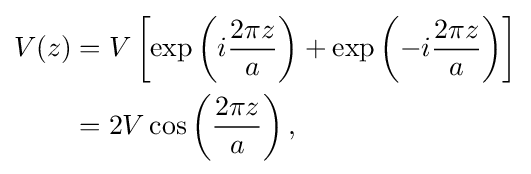
{\begin{alignedat}{2}V(z)&=V\left[\exp \left(i{\frac {2\pi z}{a}}\right)+\exp \left(-i{\frac {2\pi z}{a}}\right)\right]\\&=2V\cos \left({\frac {2\pi z}{a}}\right),\\\end{alignedat}}